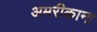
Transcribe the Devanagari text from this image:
अमरीकाना